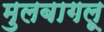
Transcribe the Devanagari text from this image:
मुलबागलू